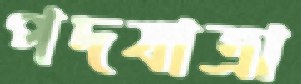
পদযাত্রা